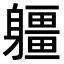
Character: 𨊑